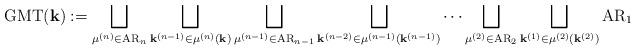
LaTeX: \begin{align*}\textrm{GMT}(\mathbf{k}) := \bigsqcup_{\mu^{(n)} \in \textrm{AR}_n} \bigsqcup_{\mathbf{k}^{(n-1)} \in \mu^{(n)}(\mathbf{k})} \bigsqcup_{\mu^{(n-1)} \in \textrm{AR}_{n-1}} \bigsqcup_{\mathbf{k}^{(n-2)} \in \mu^{(n-1)}(\mathbf{k}^{(n-1)})}\cdots \bigsqcup_{\mu^{(2)} \in \textrm{AR}_{2}} \bigsqcup_{\mathbf{k}^{(1)} \in \mu^{(2)}(\mathbf{k}^{(2)})} \textrm{AR}_1\end{align*}